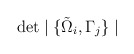
\begin{align*} \det \mid \{\tilde{\Omega}_i,\Gamma_j \} \mid\end{align*}